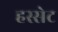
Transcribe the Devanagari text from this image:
हस्सेट